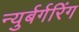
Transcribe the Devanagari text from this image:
न्युर्बर्गरिंग